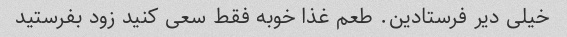
خیلی دیر فرستادین. طعم غذا خوبه فقط سعی کنید زود بفرستید